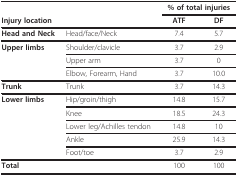
|  |  | <COLSPAN=2> % of total injuries |
 | Injury location |  | ATF | DF |
 | --- | --- | --- | --- |
 | Head and Neck | Head/face/Neck | 7.4 | 5.7 |
 | Upper limbs | Shoulder/clavicle | 3.7 | 2.9 |
 |  | Upper arm | 3.7 | 0 |
 |  | Elbow, Forearm, Hand | 3.7 | 10.0 |
 | Trunk | Trunk | 3.7 | 14.3 |
 | Lower limbs | Hip/groin/thigh | 14.8 | 15.7 |
 |  | Knee | 18.5 | 24.3 |
 |  | Lower leg/Achilles tendon | 14.8 | 10 |
 |  | Ankle | 25.9 | 14.3 |
 |  | Foot/toe | 3.7 | 2.9 |
 | Total |  | 100 | 100 |